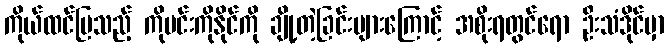
ကိုယ်ထင်ပြသည့် ကိုမင်းကိုနိုင်ကို ချို့တဲ့ခြင်းများကြောင့် အစိုးရတွင်ရော ဦးသံဒိုင်မှာ